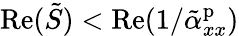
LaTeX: \mathrm{Re}(\tilde{S})<\mathrm{Re}(1/\tilde{\alpha}_{xx}^{\mathrm{p}})